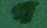
গ